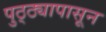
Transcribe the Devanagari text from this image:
पुठ्ठ्यापासून